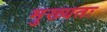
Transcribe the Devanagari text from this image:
मुख्यतः